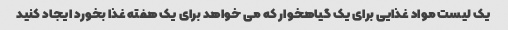
یک لیست مواد غذایی برای یک گیاهخوار که می خواهد برای یک هفته غذا بخورد ایجاد کنید